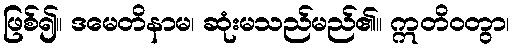
ဖြစ်၍။ ဒမေတိနာမ၊ ဆုံးမသည်မည်၏။ ဣတိဝတွာ၊